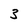
Character: 3